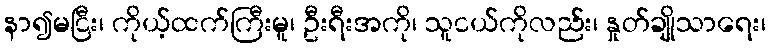
နာ၍မငြီး၊ ကိုယ့်ထက်ကြီးမူ၊ ဦးရီးအကို၊ သူငယ်ကိုလည်း၊ နှုတ်ချိုသာရေး၊